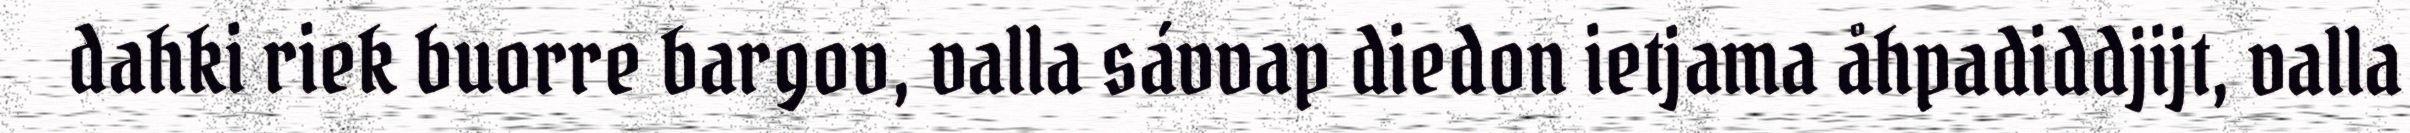
dahki riek buorre bargov, valla sávvap diedon ietjama åhpadiddjijt, valla